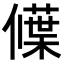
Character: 𬿾